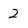
Character: 2